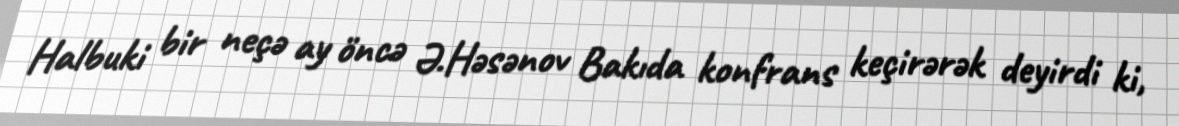
Halbuki bir neçə ay öncə Ə.Həsənov Bakıda konfrans keçirərək deyirdi ki,